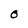
Character: O